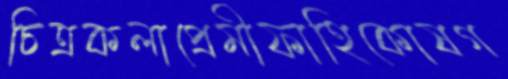
চিত্রকলাপ্রেমীফাহিকোষগ